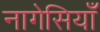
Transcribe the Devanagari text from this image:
नागेसियाँ